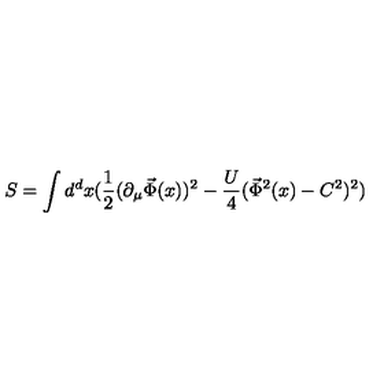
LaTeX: S = \int d ^ { d } x ( \frac { 1 } { 2 } ( \partial _ { \mu } \vec { \Phi } ( x ) ) ^ { 2 } - \frac { U } { 4 } ( \vec { \Phi } ^ { 2 } ( x ) - C ^ { 2 } ) ^ { 2 } )